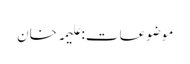
موضوعات:علیمہ خان